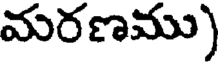
మరణము)